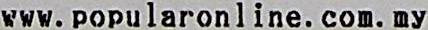
WWW.POPULARONLINE.COM.MY